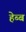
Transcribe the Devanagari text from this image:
हेब्ब